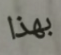
بهذا